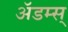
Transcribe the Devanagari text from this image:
ॲडम्स्